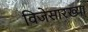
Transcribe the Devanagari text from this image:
विजेसारख्या